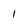
Character: 1